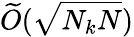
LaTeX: \widetilde{O}(\sqrt{N_{k}N})